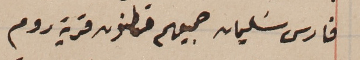
فارس سَليمان جميعهم قاطنون قرية روم